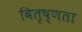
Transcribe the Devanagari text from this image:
वितृष्णता